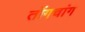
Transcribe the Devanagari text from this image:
तोंगचांग